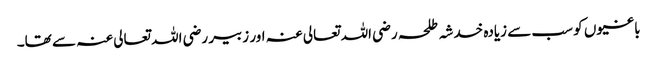
باغیوں کو سب سے زیادہ خدشہ طلحہ رضی اللہ تعالی عنہ اور زبیر رضی اللہ تعالی عنہ سے تھا۔